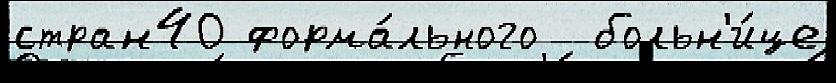
стран40 форма́льного  больн'и́це